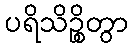
ပရိသိဉ္စိတွာ